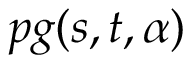
p g ( s , t , \alpha )